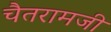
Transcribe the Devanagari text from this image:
चैतरामजी